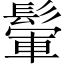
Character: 𩮔